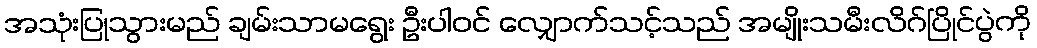
အသုံးပြုသွားမည် ချမ်းသာမရွေး ဦးပါဝင် လျှောက်သင့်သည် အမျိုးသမီးလိဂ်ပြိုင်ပွဲကို